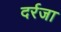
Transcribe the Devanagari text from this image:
दर्रजा